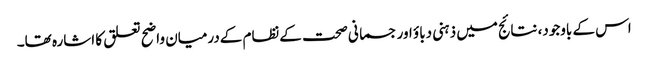
اس کے باوجود، نتائج میں ذہنی دباؤ اور جسمانی صحت کےنظام کےدرمیان واضح تعلق کا اشارہ تھا۔